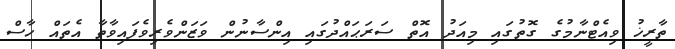
ތާރީޚު ވިއެޓްނާމުގެ ގޮތުގައި މިއަދު އޮތް ސަރަޙައްދުގައި އިންސާނުން ވަޒަންވެރިވެފައިވާތާ އެތައް ހާސް